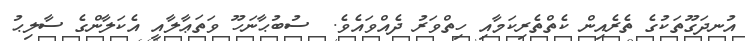
އުނދަގޫތަކުގެ ތެރެއިން ކެތްތެރިކަމާއި ހިތްވަރު ދެއްވައެވެ.  ސުބުޙާނަހޫ ވަތަޢާލާއީ އެކަލާންގެ ސާލިޙު